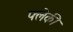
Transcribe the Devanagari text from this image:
फ्लेकी